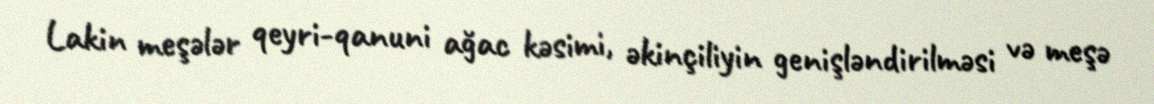
Lakin meşələr qeyri-qanuni ağac kəsimi, əkinçiliyin genişləndirilməsi və meşə